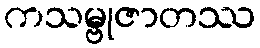
ကသမ္ဗုဇာတဿ